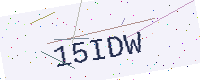
Text: 15IDW